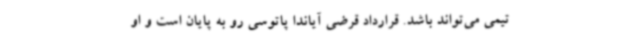
تیمی می‌تواند باشد. قرارداد قرضی آیاندا پاتوسی رو به پایان است و او